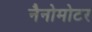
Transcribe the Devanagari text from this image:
नैनोमोटर